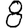
Digit: 8